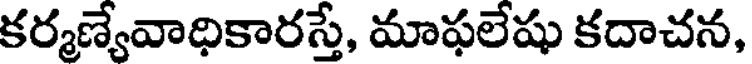
కర్మణ్యేవాధికారస్తే, మాఫలేషు కదాచన,